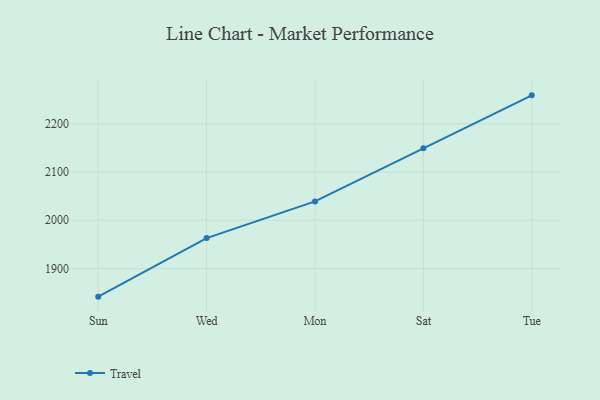
{"axis": {"x": "Day", "y": "Temperature (°C)"}, "legend": ["Travel"], "data": [{"x": "Sun", "y": 1841.7, "type": "Travel"}, {"x": "Wed", "y": 1963.1, "type": "Travel"}, {"x": "Mon", "y": 2039.1, "type": "Travel"}, {"x": "Sat", "y": 2149.1, "type": "Travel"}, {"x": "Tue", "y": 2259.0, "type": "Travel"}]}